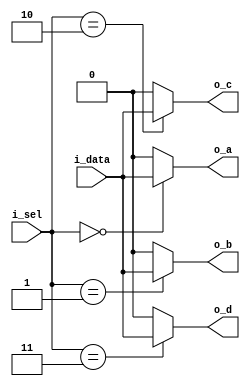
//*******************************FILE HEAD**************************************
//*********************Verilog HDL *********************
// FUNCTION        : 4-1
// AUTHOR          : 
// DATE & REVISION : 
// COMPANY         : Verilog HDL 
// UPDATE          :
//******************************************************************************
`timescale 1ns/1ns

module demux1to4
    (
        input i_data,
        input [1 : 0] i_sel, //2 
        
        output o_a, //
        output o_b, // 
        output o_c, //
        output o_d //        
    );
    
    //o_data
    reg  r_a;
    reg  r_b;
    reg  r_c;
    reg  r_d;
    
    assign o_a = r_a; //assign
    assign o_b = r_b;
    assign o_c = r_c;
    assign o_d = r_d;
    
    //00i_data
    //0
    always @(*)
    begin
   	    if(i_sel == 2'b00)
   	        r_a = i_data;
   	    else
   	        r_a = 1'b0;
	end
	
	//01i_data
    //0
    always @(*)
    begin
   	    if(i_sel == 2'b01)
   	        r_b = i_data;
   	    else
   	        r_b = 1'b0;
	end
	
	//10i_data
    //0
    always @(*)
    begin
   	    if(i_sel == 2'b10)
   	        r_c = i_data;
   	    else
   	        r_c = 1'b0;
	end
	
	//11i_data
    //0
    always @(*)
    begin
   	    if(i_sel == 2'b11)
   	        r_d = i_data;
   	    else
   	        r_d = 1'b0;
	end
    
endmodule

// END OF demux1to4.v FILE ***************************************************